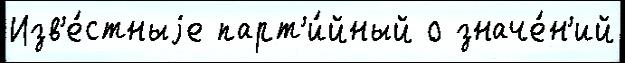
Изв'е́стныjе парт'и́йный о значе́н'ий